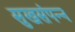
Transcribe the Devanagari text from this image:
सुखसंपन्न